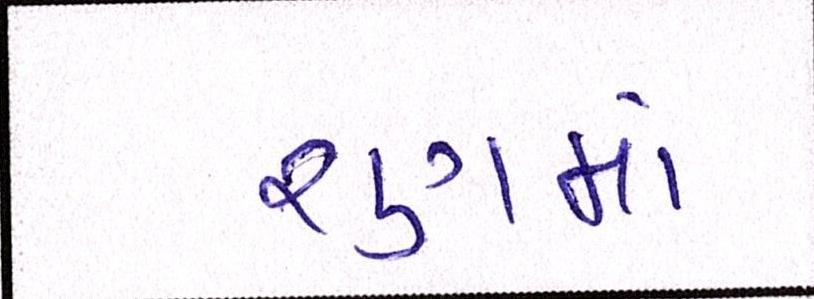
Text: રણમાં